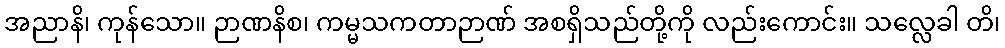
အညာနိ၊ ကုန်သော။ ဉာဏနိစ၊ ကမ္မသကတာဉာဏ် အစရှိသည်တို့ကို လည်းကောင်း။ သလ္လေခါ တိ၊